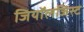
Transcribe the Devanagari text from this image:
जियॉलजिस्ट